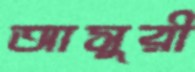
আসুরী